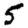
Digit: 5